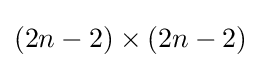
(2n-2)\times (2n-2)